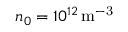
n _ { 0 } = 1 0 ^ { 1 2 } \, \mathrm { m ^ { - 3 } }